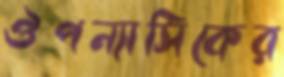
ঔপন্যাসিকের